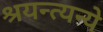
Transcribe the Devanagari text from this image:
श्रयन्त्यन्ये